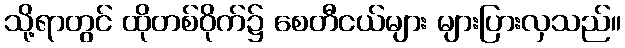
သို့ရာတွင် ထိုတစ်ဝိုက်၌ စေတီငယ်များ များပြားလှသည်။